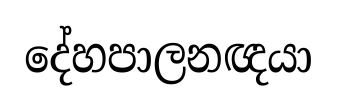
දේහපාලනඥයා